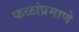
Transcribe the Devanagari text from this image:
फळांप्रमाणे